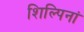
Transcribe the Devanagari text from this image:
शिल्पिनां